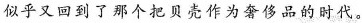
似乎又回到了那个把贝壳作为奢侈品的时代。